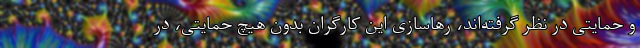
و حمایتی در نظر گرفته‌اند، رهاسازی این کارگران بدون هیچ حمایتی، در